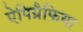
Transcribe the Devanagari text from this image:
ऐपिग्रैफिया